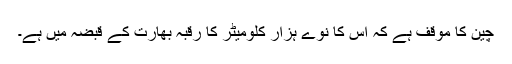
چین کا موقف ہے کہ اس کا نوے ہزار کلومیٹر کا رقبہ بھارت کے قبضہ میں ہے۔